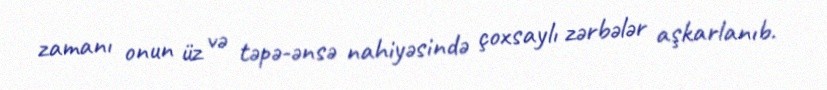
zamanı onun üz və təpə-ənsə nahiyəsində çoxsaylı zərbələr aşkarlanıb.